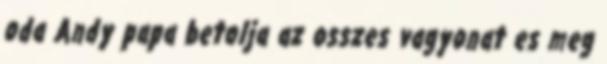
oda Andy papa betolja az osszes vagyonat es meg